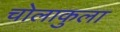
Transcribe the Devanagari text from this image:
चोलाकुला